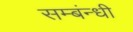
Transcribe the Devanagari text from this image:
सम्बंन्धी